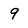
Character: 9